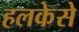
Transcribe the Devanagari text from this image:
हलकेसे